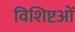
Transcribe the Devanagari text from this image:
विशिष्टओं